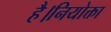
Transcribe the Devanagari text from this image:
है।नियोक्ता